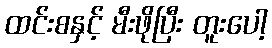
ထင်းစနှင့် မီးဖိုပြီး တူးပေါ့